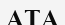
АТА